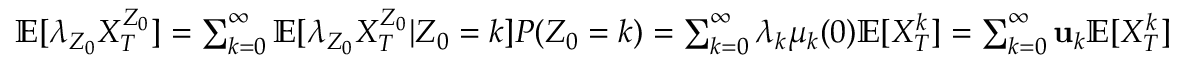
\begin{array} { r } { \mathbb { E } [ \lambda _ { Z _ { 0 } } X _ { T } ^ { Z _ { 0 } } ] = \sum _ { k = 0 } ^ { \infty } \mathbb { E } [ \lambda _ { Z _ { 0 } } X _ { T } ^ { Z _ { 0 } } | Z _ { 0 } = k ] P ( Z _ { 0 } = k ) = \sum _ { k = 0 } ^ { \infty } \lambda _ { k } \mu _ { k } ( 0 ) \mathbb { E } [ X _ { T } ^ { k } ] = \sum _ { k = 0 } ^ { \infty } \mathbf { u } _ { k } \mathbb { E } [ X _ { T } ^ { k } ] } \end{array}